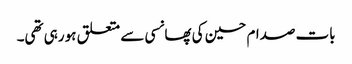
بات صدام حسین کی پھانسی سے متعلق ہو رہی تھی۔